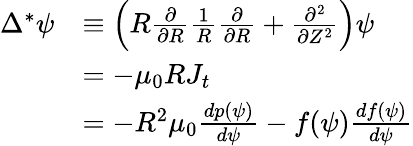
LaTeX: \begin{array}{rl}{\Delta^{*}\psi}&{\equiv\left(R\frac{\partial}{\partial R}\frac{1}{R}\frac{\partial}{\partial R}+\frac{\partial^{2}}{\partial Z^{2}}\right)\psi}\\ &{=-\mu_{0}RJ_{t}}\\ &{=-R^{2}\mu_{0}\frac{dp(\psi)}{d\psi}-f(\psi)\frac{df(\psi)}{d\psi}}\end{array}